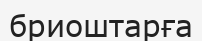
бриоштарға